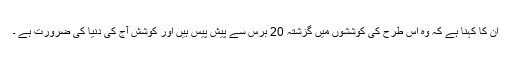
ان کا کہنا ہے کہ وہ اس طرح کی کوششوں میں گزشتہ 20 برس سے پیش پیس ہیں اور کوشش آج کی دنیا کی ضرورت ہے ۔